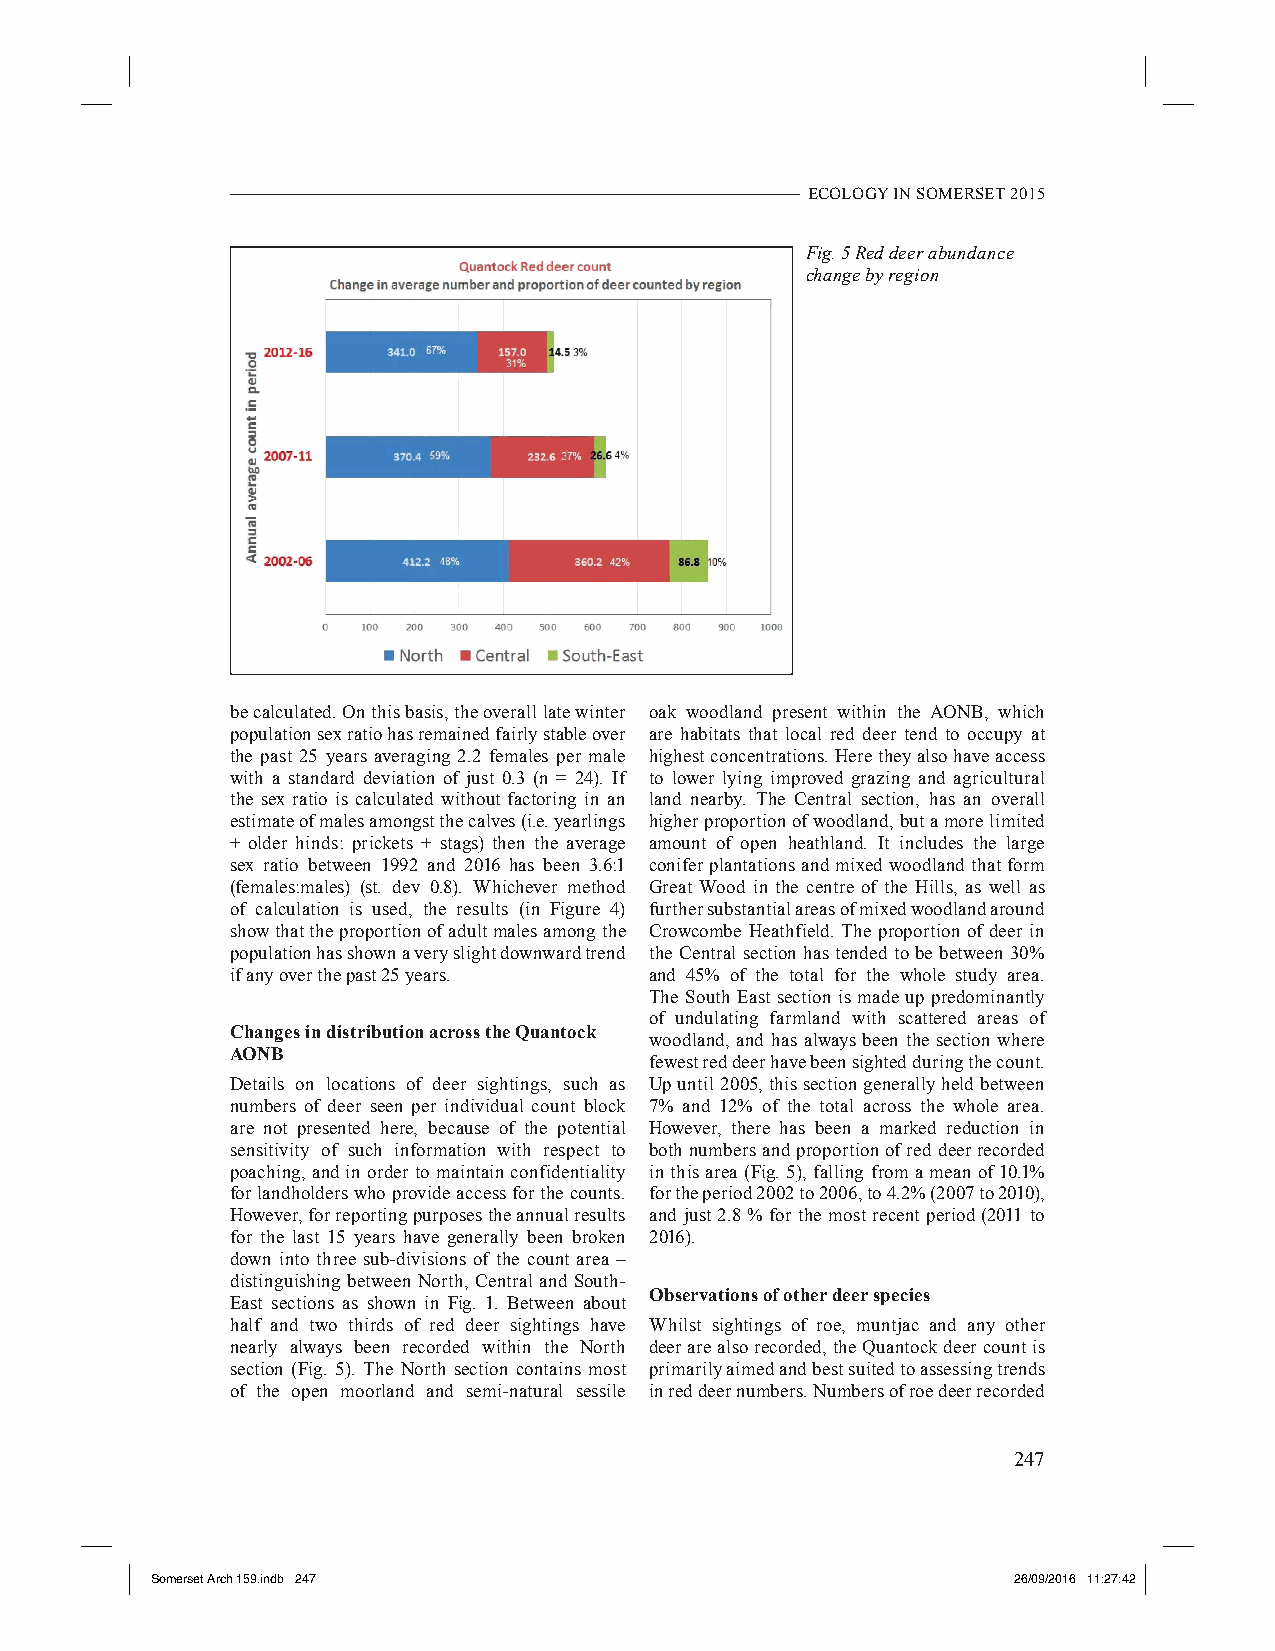
ECOLOGY IN SOMERSET 2015
 Fig. 5 Red deer abundance
 change by region
 be calculated. On this basis, the overall late winter oak woodland present within the AONB, which
 population sex ratio has remained fairly stable over are habitats that local red deer tend to occupy at
 the past 25 years averaging 2.2 females per male highest concentrations. Here they also have access
 with a standard deviation of just 0.3 (n = 24). If to lower lying improved grazing and agricultural
 the sex ratio is calculated without factoring in an land nearby. The Central section, has an overall
 estimate of males amongst the calves (i.e. yearlings higher proportion of woodland, but a more limited
 + older hinds: prickets + stags) then the average amount of open heathland. It includes the large
 sex ratio between 1992 and 2016 has been 3.6:1 conifer plantations and mixed woodland that form
 (females:males) (st. dev 0.8). Whichever method Great Wood in the centre of the Hills, as well as
 of calculation is used, the results (in Figure 4) further substantial areas of mixed woodland around
 show that the proportion of adult males among the Crowcombe Heathfield. The proportion of deer in
 population has shown a very slight downward trend the Central section has tended to be between 30%
 if any over the past 25 years. and 45% of the total for the whole study area.
 The South East section is made up predominantly
 of undulating farmland with scattered areas of
 Changes in distribution across the Quantock
 woodland, and has always been the section where
 AONB
 fewest red deer have been sighted during the count.
 Details on locations of deer sightings, such as Up until 2005, this section generally held between
 numbers of deer seen per individual count block 7% and 12% of the total across the whole area.
 are not presented here, because of the potential However, there has been a marked reduction in
 sensitivity of such information with respect to both numbers and proportion of red deer recorded
 poaching, and in order to maintain confidentiality in this area (Fig. 5), falling from a mean of 10.1%
 for landholders who provide access for the counts. for the period 2002 to 2006, to 4.2% (2007 to 2010),
 However, for reporting purposes the annual results and just 2.8 % for the most recent period (2011 to
 for the last 15 years have generally been broken 2016).
 down into three sub-divisions of the count area –
 distinguishing between North, Central and South-
 Observations of other deer species
 East sections as shown in Fig. 1. Between about
 half and two thirds of red deer sightings have Whilst sightings of roe, muntjac and any other
 nearly always been recorded within the North deer are also recorded, the Quantock deer count is
 section (Fig. 5). The North section contains most primarily aimed and best suited to assessing trends
 of the open moorland and semi-natural sessile in red deer numbers. Numbers of roe deer recorded
 247
 Somerset Arch 159.indb 247                               26/09/2016 11:27:42